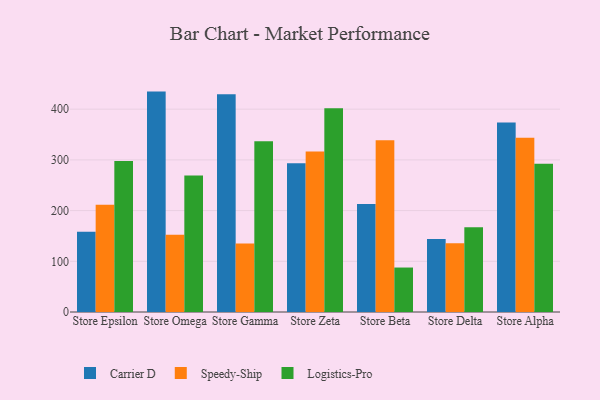
{"axis": {"x": "Store", "y": "Satisfaction Score"}, "legend": ["Carrier D", "Logistics-Pro", "Speedy-Ship"], "data": [{"x": "Store Epsilon", "y": 158.4, "type": "Carrier D"}, {"x": "Store Epsilon", "y": 211.6, "type": "Speedy-Ship"}, {"x": "Store Epsilon", "y": 297.7, "type": "Logistics-Pro"}, {"x": "Store Omega", "y": 434.7, "type": "Carrier D"}, {"x": "Store Omega", "y": 152.4, "type": "Speedy-Ship"}, {"x": "Store Omega", "y": 269.0, "type": "Logistics-Pro"}, {"x": "Store Gamma", "y": 429.5, "type": "Carrier D"}, {"x": "Store Gamma", "y": 135.3, "type": "Speedy-Ship"}, {"x": "Store Gamma", "y": 336.6, "type": "Logistics-Pro"}, {"x": "Store Zeta", "y": 293.6, "type": "Carrier D"}, {"x": "Store Zeta", "y": 316.8, "type": "Speedy-Ship"}, {"x": "Store Zeta", "y": 401.7, "type": "Logistics-Pro"}, {"x": "Store Beta", "y": 213.0, "type": "Carrier D"}, {"x": "Store Beta", "y": 338.9, "type": "Speedy-Ship"}, {"x": "Store Beta", "y": 87.7, "type": "Logistics-Pro"}, {"x": "Store Delta", "y": 143.9, "type": "Carrier D"}, {"x": "Store Delta", "y": 135.7, "type": "Speedy-Ship"}, {"x": "Store Delta", "y": 167.1, "type": "Logistics-Pro"}, {"x": "Store Alpha", "y": 373.9, "type": "Carrier D"}, {"x": "Store Alpha", "y": 343.8, "type": "Speedy-Ship"}, {"x": "Store Alpha", "y": 292.4, "type": "Logistics-Pro"}]}